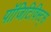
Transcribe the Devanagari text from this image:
पॉजिटिविस्ट्स